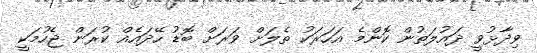
ވިދާޅުވީ ދައުލަތުން ކޮންމެ އަހަރަކު ތެލަށް ވަރަށް ބޮޑު ހޭދައެއް ކުރަން ޖެހުމަކީ